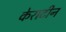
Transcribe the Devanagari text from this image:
केराटीन